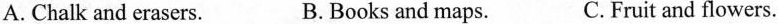
A. Chalk and erasers. B.Books and maps. C. Fruit and flowers.